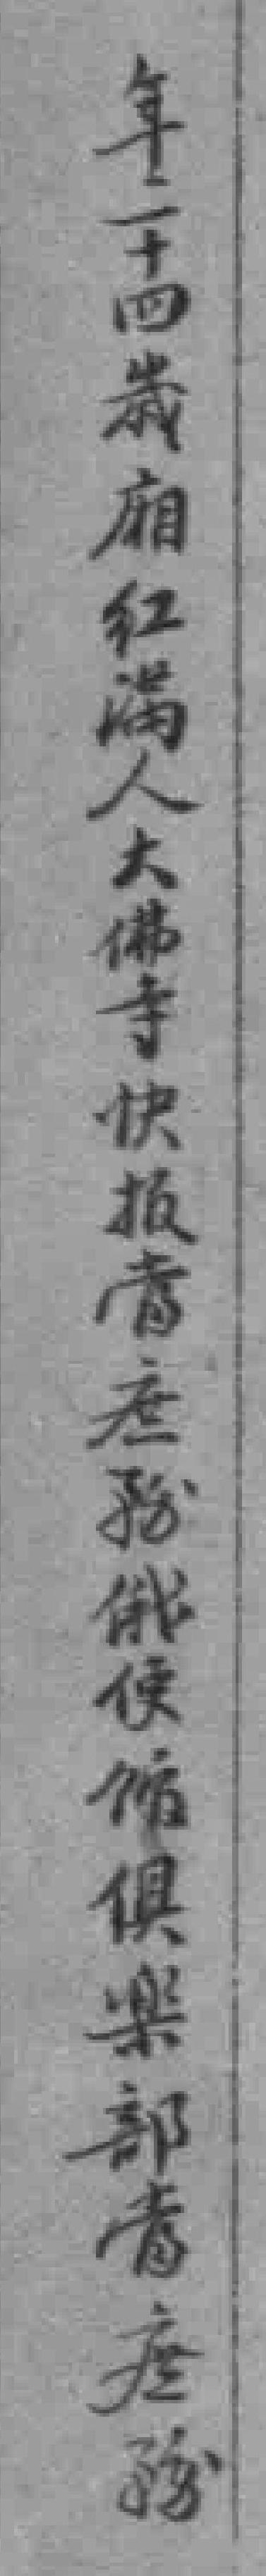
年二十四歲廂红滿人大佛寺快报當庶務俄使馆俱樂部當庶務